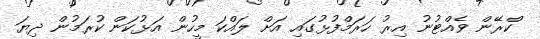
ކްރޭން ވެއްޓުނު އިރު ހަރަމްފުޅުގައި އަށް ލައްކަ މީހުން އަޅުކަން ކުރަމުން ދިޔަ